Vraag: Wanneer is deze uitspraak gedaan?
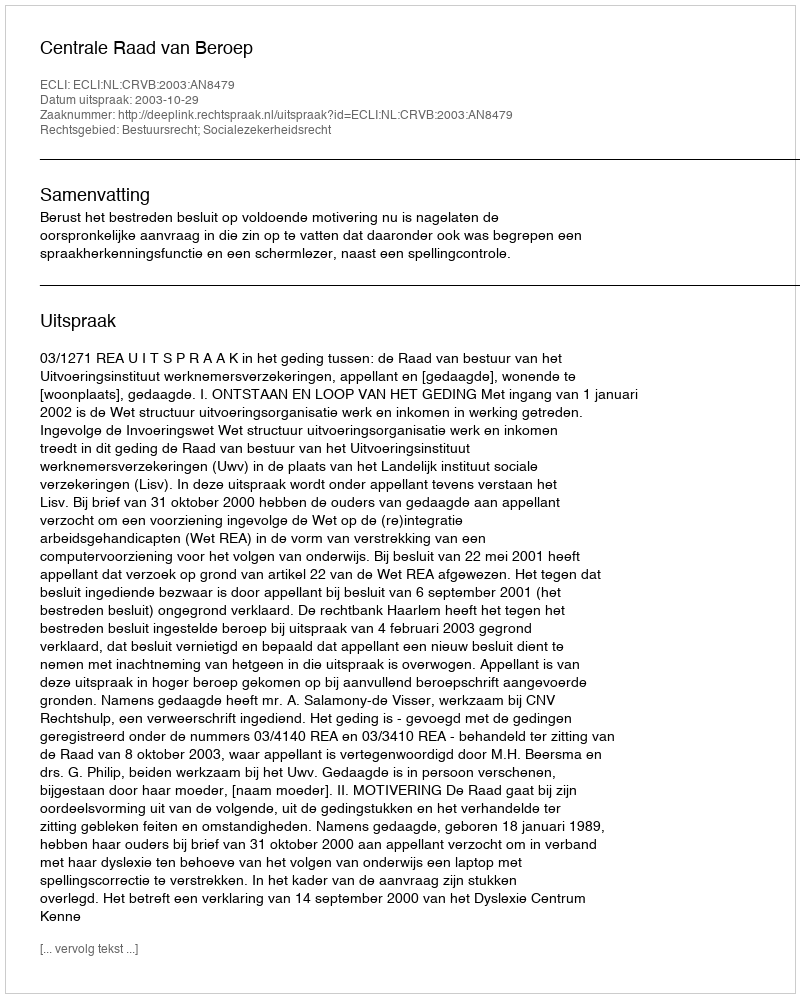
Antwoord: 2003-10-29